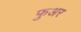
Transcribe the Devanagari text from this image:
फुअर